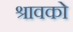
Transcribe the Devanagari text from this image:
श्रावको